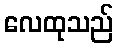
လေထုသည်